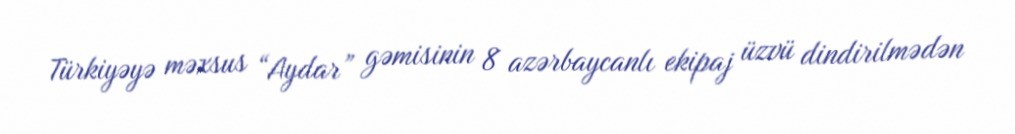
Türkiyəyə məxsus “Aydar” gəmisinin 8 azərbaycanlı ekipaj üzvü dindirilmədən